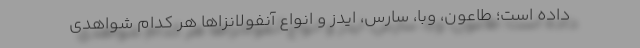
داده است؛ طاعون، وبا، سارس، ایدز و انواع آنفولانزاها هر کدام شواهدی